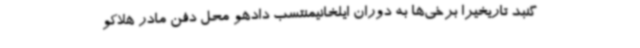
گنبد تاریخیرا برخی‌ها به دوران ایلخانیمنتسب دادهو محل دفن مادر هلاکو